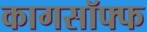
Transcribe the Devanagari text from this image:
कागसॉफ्फ